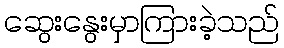
ဆွေးနွေးမှာကြားခဲ့သည်